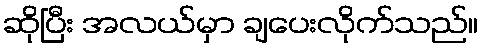
ဆိုပြီး အလယ်မှာ ချပေးလိုက်သည်။